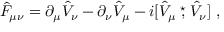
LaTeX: \hat { F } _ { \mu \nu } = \partial _ { \mu } \hat { V } _ { \nu } - \partial _ { \nu } \hat { V } _ { \mu } - i [ \hat { V } _ { \mu } \stackrel { \star } { , } \hat { V } _ { \nu } ] ~ ,